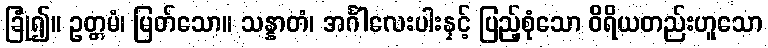
ခြုံ၍။ ဥတ္တမံ၊ မြတ်သော။ သန္နာတံ၊ အင်္ဂါလေးပါးနှင့် ပြည့်စုံသော ဝိရိယတည်းဟူသော